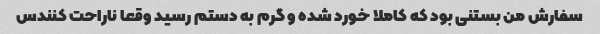
سفارش من بستنی بود که کاملا خورد شده و گرم به دستم رسید وقعا ناراحت کنندس